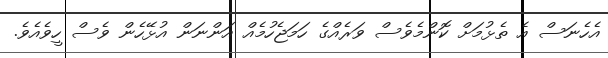
އެހެނަސް އެ ތެޅުމަށް ކޮންމެވެސް ވަރެއްގެ ހަމަޖެހުމެއް އަންނަން އުޅޭހެން ވެސް ހީވެއެވެ.